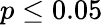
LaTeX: p\leq 0.05